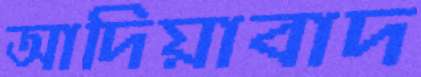
আদিয়াবাদ